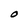
Character: O